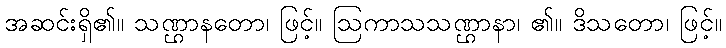
အဆင်းရှိ၏။ သဏ္ဌာနတော၊ ဖြင့်။ ဩကာသသဏ္ဌာနာ၊ ၏။ ဒိသတော၊ ဖြင့်။